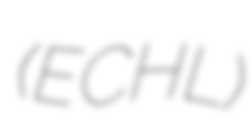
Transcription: (ECHL)